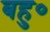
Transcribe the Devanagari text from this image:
बहु०